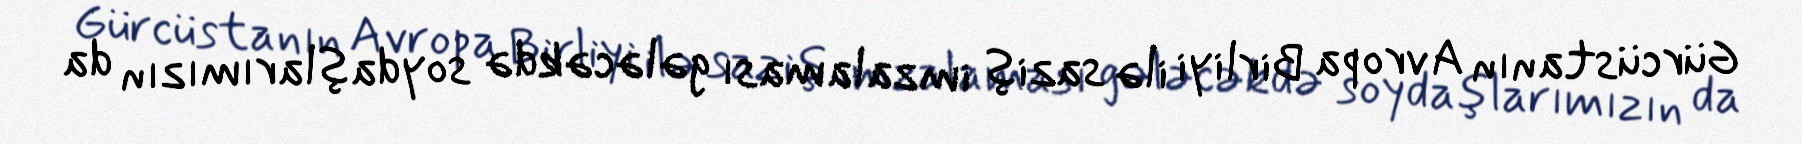
Gürcüstanın Avropa Birliyi ilə saziş imzalaması gələcəkdə soydaşlarımızın da